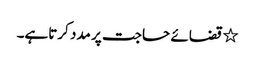
٭ قضائے حاجت پر مدد کرتاہے۔